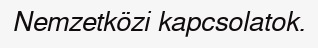
Nemzetközi kapcsolatok.